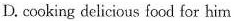
D. cooking delicious food for him